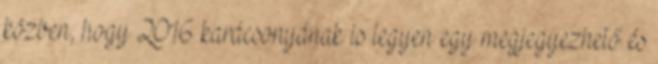
közben, hogy 2016 karácsonyának is legyen egy megjegyezhető és